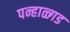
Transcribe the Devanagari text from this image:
पन्हाळ्गड